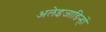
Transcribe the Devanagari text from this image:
अलेइजाडिन्हों